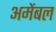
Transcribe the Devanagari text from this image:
अमेंबल